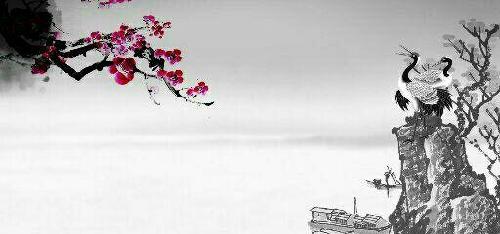
彩袖殷勤捧玉钟。当年拚却醉颜红。